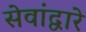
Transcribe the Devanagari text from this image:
सेवांद्वारे